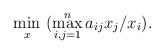
LaTeX: \begin{align*}\min_{x}\ (\max_{i,j=1}^{n}a_{ij}x_{j}/x_{i}).\end{align*}